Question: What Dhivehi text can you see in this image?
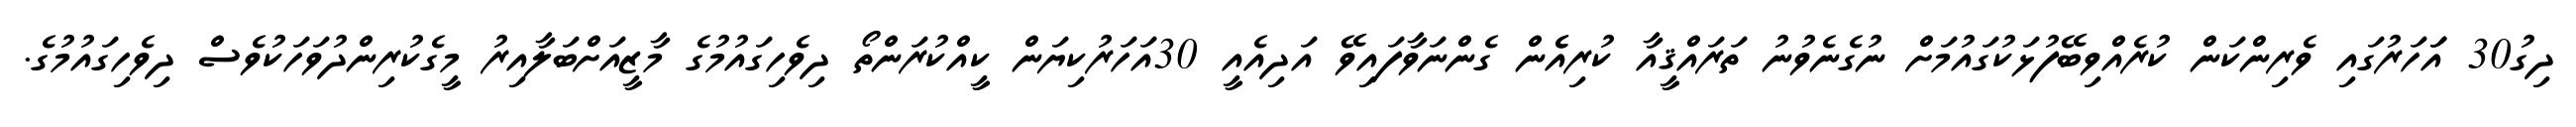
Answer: ދިގު30 އަަހަރުގައި ވެރިންކަން ކުރެއްވިބޭފުޅަކުގައުމަށް ނުގެނެވުނު ތަރައްޤީއާ ކުރިއެެން ގެންނަވާފައިވޭ އަދިއެއީ 30އަހަރުކިޔަން ކީއްކުރަންތޯ ދިވެހިގައުމުގެ މާޒީއަށްބަލާއިރު މީގެކުރިންދުވަހަކުވެސް ދިވެހިގައުމުގެ.